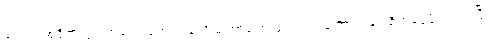
ဒေသတစ်ဝိုက်တွင် ကလေးတွေ ယခုလို မကြာခဏ ဖျားတတ်ကြောင်းနှင့် စိတ်မပူဖို ရှင်းပြပြီး